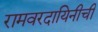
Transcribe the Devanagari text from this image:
रामवरदायिनीची